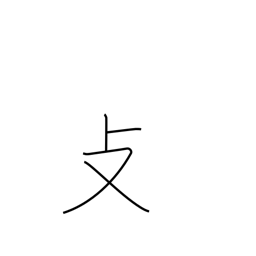
Meaning: folding chair radical (no. 66)